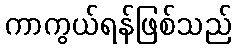
ကာကွယ်ရန်ဖြစ်သည်